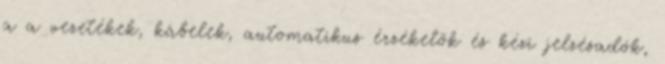
a a vezetékek, kábelek, automatikus érzékelõk és kézi jelzésadók,